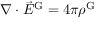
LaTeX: \nabla \cdot { \vec { E } } ^ { \mathrm { G } } = 4 \pi \rho ^ { \mathrm { G } }